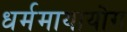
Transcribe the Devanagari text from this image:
धर्ममायायोग